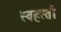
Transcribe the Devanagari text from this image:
स्वहस्ती